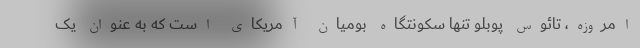
امروزه، تائوس پوبلو تنها سکونتگاه بومیان آمریکای است که به عنوان یک